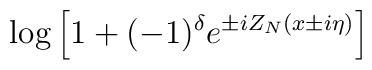
\log \left[ 1+(-1)^{\delta }e^{\pm iZ_{N}(x\pm i\eta )}\right]